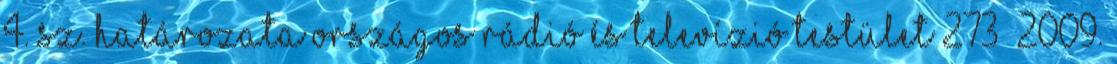
4. sz. HATÁROZATA ORSZÁGOS RÁDIÓ ÉS TELEVÍZIÓ TESTÜLET 273 2009.